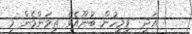
އަދި  ވިމީހުން ބުނޫއެވެ. ތިމަންމެން މި